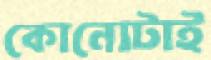
কোনোটাই